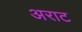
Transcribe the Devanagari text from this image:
अराट